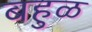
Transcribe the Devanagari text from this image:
बहुळ